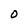
Character: 0